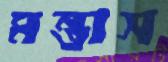
মন্তাস